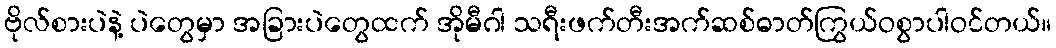
ဗိုလ်စားပဲနဲ့ ပဲတွေမှာ အခြားပဲတွေထက် အိုမီဂါ သရီးဖက်တီးအက်ဆစ်ဓာတ်ကြွယ်ဝစွာပါဝင်တယ်။